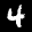
Label: 4